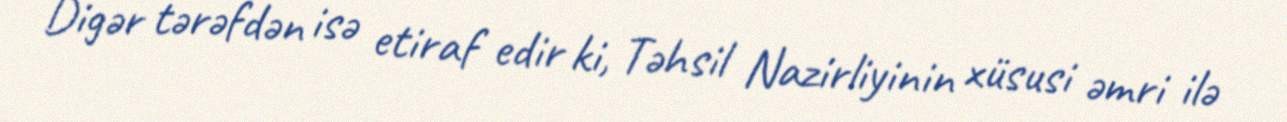
Digər tərəfdən isə etiraf edir ki, Təhsil Nazirliyinin xüsusi əmri ilə